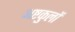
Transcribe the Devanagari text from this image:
अष्टकुलों